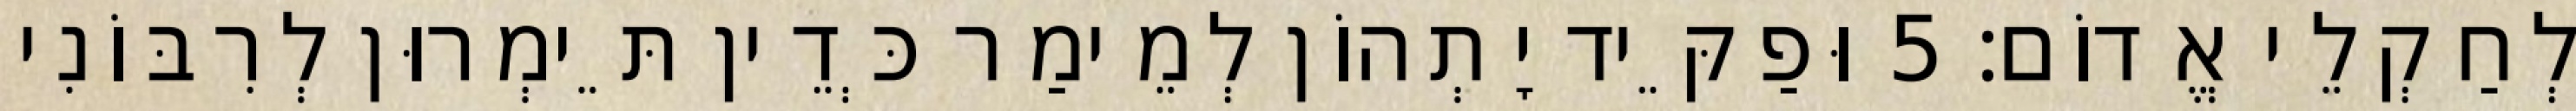
לְחַקְלֵי אֱדוֹם׃ 5 וּפַקֵּיד יָתְהוֹן לְמֵימַר כְּדֵין תֵּימְרוּן לְרִבּוֹנִי